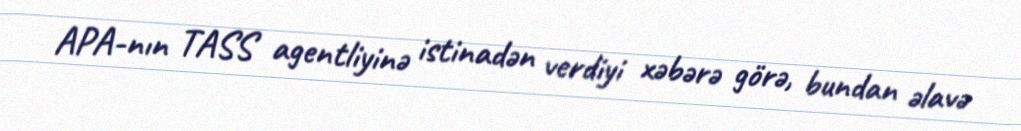
APA-nın TASS agentliyinə istinadən verdiyi xəbərə görə, bundan əlavə